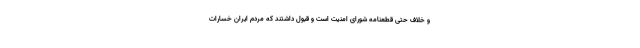
و خلاف حتی قطعنامه شورای امنیت است و قبول داشتند که مردم ایران خسارات